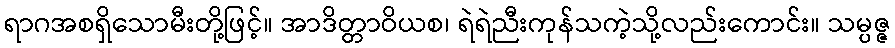
ရာဂအစရှိသောမီးတို့ဖြင့်။ အာဒိတ္တာဝိယစ၊ ရဲရဲညီးကုန်သကဲ့သို့လည်းကောင်း။ သမ္ပဇ္ဇ